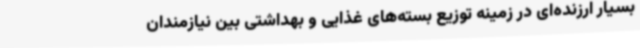
بسیار ارزنده‌ای در زمینه توزیع بسته‌های غذایی و بهداشتی بین نیازمندان